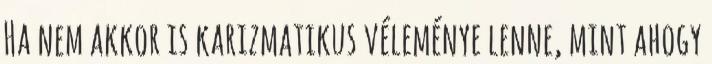
Ha nem akkor is karizmatikus véleménye lenne, mint ahogy